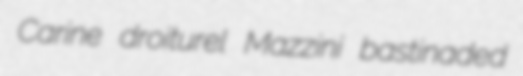
Carine droiturel Mazzini bastinaded